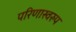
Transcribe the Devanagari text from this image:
परिणास्वरुप